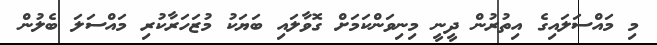
މި މައްސަލައިގެ އިތުރުން ދީނީ މިނިވަންކަމަށް ގޮވާލައި ބަޔަކު މުޒަހަރާކުރި މައްސަލަ ބެލުން